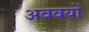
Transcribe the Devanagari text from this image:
अववयों